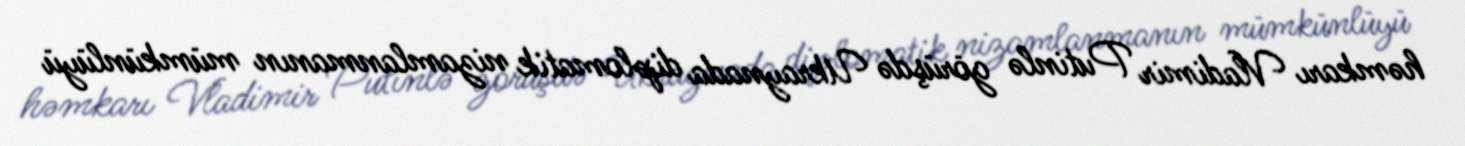
həmkarı Vladimir Putinlə görüşdə Ukraynada diplomatik nizamlanmanın mümkünlüyü